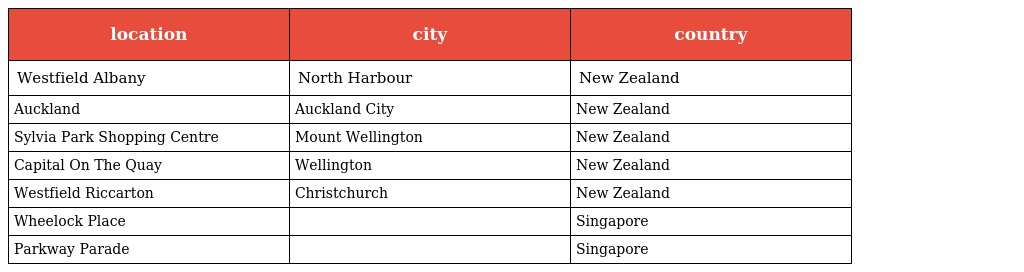
| location | city | country |
 | --- | --- | --- |
 | Westfield Albany | North Harbour | New Zealand |
 | Auckland | Auckland City | New Zealand |
 | Sylvia Park Shopping Centre | Mount Wellington | New Zealand |
 | Capital On The Quay | Wellington | New Zealand |
 | Westfield Riccarton | Christchurch | New Zealand |
 | Wheelock Place |  | Singapore |
 | Parkway Parade |  | Singapore |